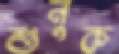
শুনুক